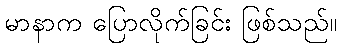
မာနာက ပြောလိုက်ခြင်း ဖြစ်သည်။